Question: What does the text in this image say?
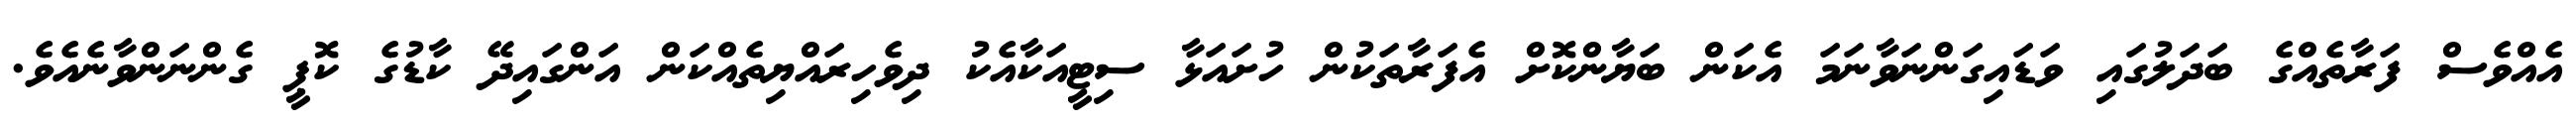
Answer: އެއްވެސް ފަރާތެއްގެ ބަދަލުގައި ވަޑައިގަންނަވާނަމަ އެކަން ބަޔާންކޮށް އެފަރާތަކުން ހުށައަޅާ ސިޓީއަކާއެކު ދިވެހިރައްޔިތެއްކަން އަންގައިދޭ ކާޑުގެ ކޮޕީ ގެންނަންވާނެއެވެ.